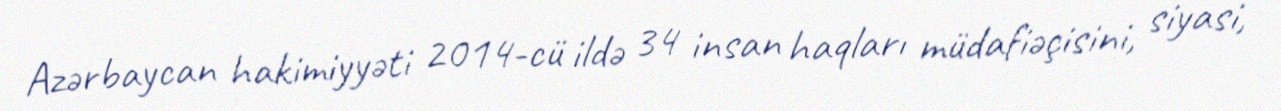
Azərbaycan hakimiyyəti 2014-cü ildə 34 insan haqları müdafiəçisini, siyasi,